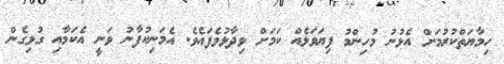
ހިމާޔަތްކުރުމަށް އެޅުނު މުހިންމު ފިޔަވަޅެއް ކަމަށް ވިދާޅުވެފައެވެ. އެމަނިކުފާނު ވަނީ އެކަމާއި ގުޅިގެން